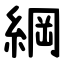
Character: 綱